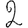
Digit: 2